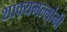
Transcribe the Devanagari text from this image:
शाक्यमल्लांनी